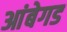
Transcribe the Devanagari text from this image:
आंबेगड